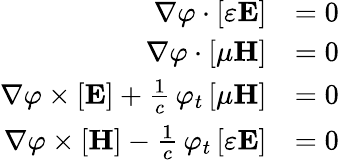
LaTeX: {\begin{array}{rl}{\nabla\varphi\cdot[\varepsilon\mathbf{E}]}&{=0}\\ {\nabla\varphi\cdot[\mu\mathbf{H}]}&{=0}\\ {\nabla\varphi\times[\mathbf{E}]+{\frac{1}{c}}\, \varphi_{t}\, [\mu\mathbf{H}]}&{=0}\\ {\nabla\varphi\times[\mathbf{H}]-{\frac{1}{c}}\, \varphi_{t}\, [\varepsilon\mathbf{E}]}&{=0}\end{array}}